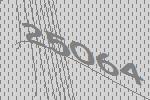
25064